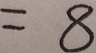
= 8